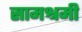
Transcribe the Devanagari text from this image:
सामश्रमी